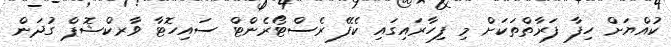
ކުއްޔަށް ހިފާ ފަރާތްތަކަށް މި ފިހާރައިގައި ކެފޭ ރެސްޓޯރެންޓް ސައިހޮޓާ ވާރކްޝޮޕް ގުދަން